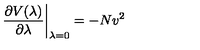
\left. \frac { \partial V ( \lambda ) } { \partial \lambda } \right| _ { \lambda = 0 } = - N v ^ { 2 }